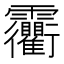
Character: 𩇐